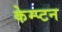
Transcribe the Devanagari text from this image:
केम्प्टन